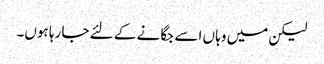
لیکن میں وہا ں اسے جگا نے کے لئے جا رہا ہوں۔